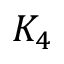
K _ { 4 }